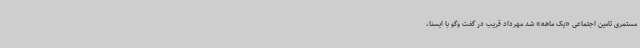
مستمری تامین اجتماعی «یک ماهه» شد مهرداد قریب در گفت وگو با ایسنا،